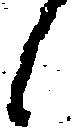
候